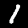
Digit: 1